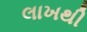
લાખથી